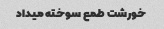
خورشت طمع سوخته میداد